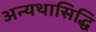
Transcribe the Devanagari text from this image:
अन्यथासिद्धि